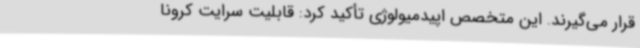
قرار می‌گیرند. این متخصص اپیدمیولوژی تأکید کرد: قابلیت سرایت کرونا